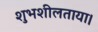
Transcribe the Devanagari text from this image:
शुभशीलताया।